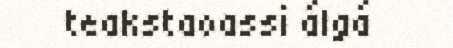
teakstaoassi álgá